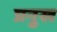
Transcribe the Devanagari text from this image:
प्रनुख